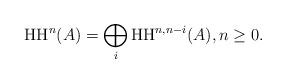
LaTeX: \begin{align*}\mathrm{HH}^n(A)=\bigoplus_{i} \mathrm{HH}^{n, n-i}(A), n\geq 0.\end{align*}